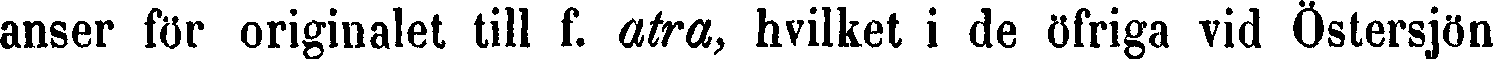
anser för originalet till f. atra, hvilket i de öfriga vid Östersjön